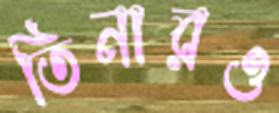
তিনারও